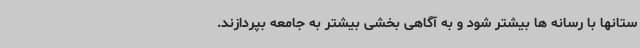
ستانها با رسانه ها بیشتر شود و به آگاهی بخشی بیشتر به جامعه بپردازند.